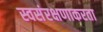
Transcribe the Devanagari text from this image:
स्वसंरक्षणाकरता